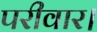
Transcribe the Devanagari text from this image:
परीवार।